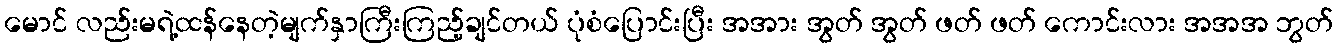
မောင် လည်းမရဲ့ထန်နေတဲ့မျက်နှာကြီးကြည့်ချင်တယ် ပုံစံပြောင်းပြီး အအား အွတ် အွတ် ဖတ် ဖတ် ကောင်းလား အအအ ဘွတ်